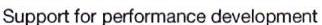
Support for performance development